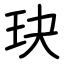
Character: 玦